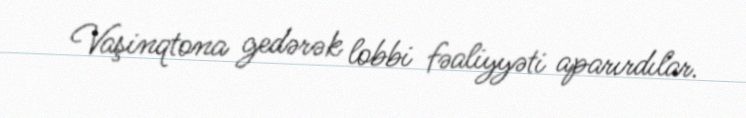
Vaşinqtona gedərək lobbi fəaliyyəti aparırdılar.